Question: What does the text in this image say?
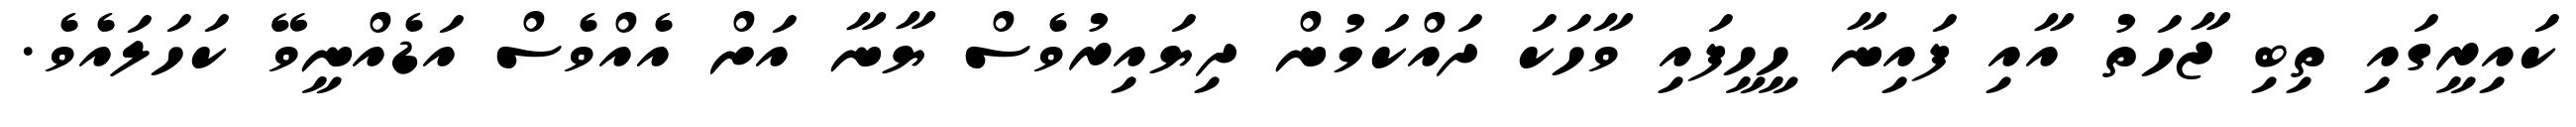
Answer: ކައިރީގައި ތިބި ޖާހަތު އާއި ފައިނާ ހީހީފައި ވާހަކަ ދައްކަމުން ދިޔައިރުވެސް ޔާނާ އަށް އެއްވެސް އަޑެއްނީވޭ ކަހަލައެވެ.